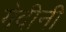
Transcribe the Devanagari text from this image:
गेदीनी